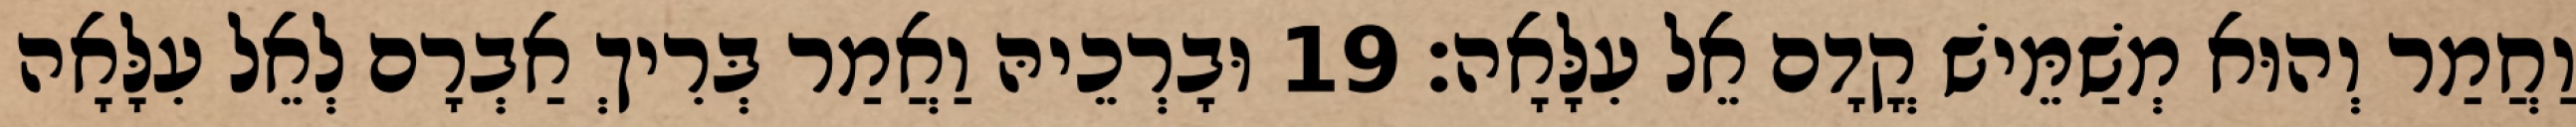
וַחֲמַר וְהוּא מְשַׁמֵּישׁ קֳדָם אֵל עִלָּאָה׃ 19 וּבָרְכֵיהּ וַאֲמַר בְּרִיךְ אַבְרָם לְאֵל עִלָּאָה